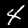
Digit: 4